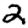
Digit: 2